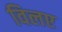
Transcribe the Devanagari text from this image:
विलए